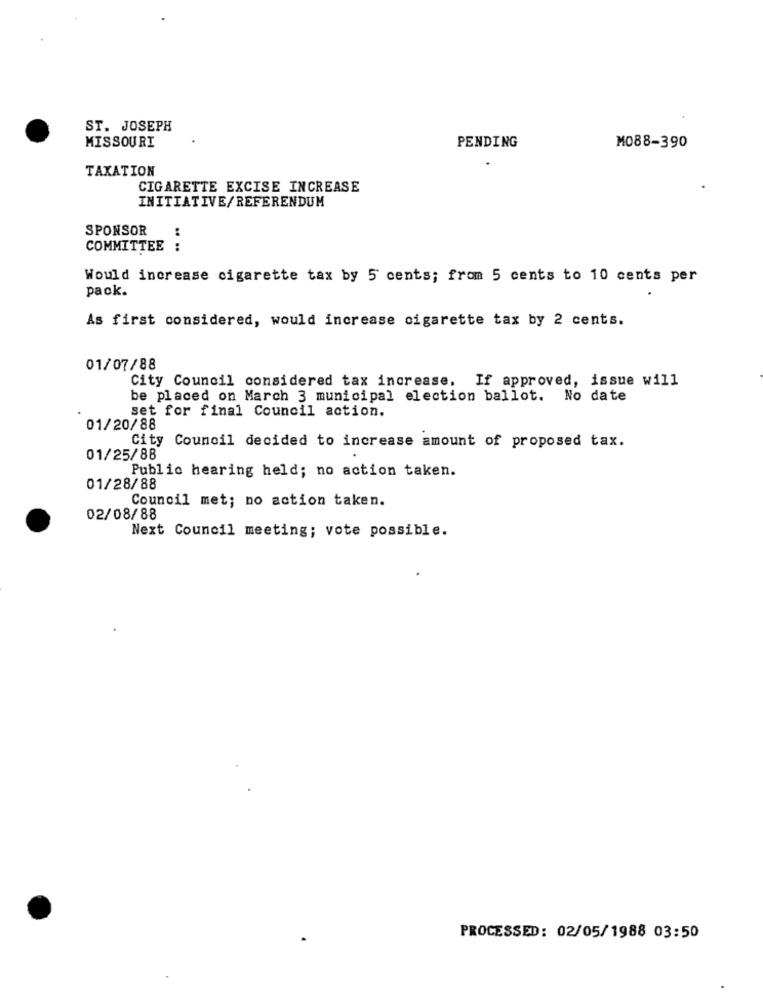
ST. JOSEPH
MISSOURI
PENDING
M088-390
TAXATION
CIGARETTE EXCISE INCREASE
INITIATIVE/REFERENDUM
SPONSOR
:
COMMITTEE :
Would increase cigarette tax by 5 cents; from 5 cents to 10 cents per
pack.
As first considered, would increase cigarette tax by 2 cents.
01/07/88
City Council considered tax increase. If approved, issue will
be placed on March 3 municipal election ballot. No date
set for final Council action.
01/20/88
City Council decided to increase amount of proposed tax.
01/25/88
Public hearing held; no action taken.
01/28/88
Council met; no action taken.
02/08/88
Next Council meeting; vote possible.
PROCESSED: 02/05/1988 03:50